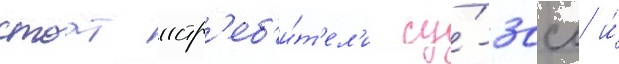
стоат истр'еб'и́т'ел'и су́-30см и́